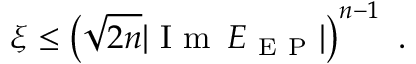
\xi \leq \left( \sqrt { 2 n } | \mathrm { ~ I ~ m ~ } \, E _ { \mathrm { ~ E ~ P ~ } } | \right) ^ { n - 1 } \ .